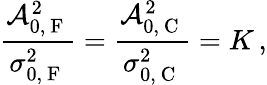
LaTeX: \frac{\mathcal{A}_{0,\mathrm{~F~}}^{2}}{\sigma_{0,\mathrm{~F~}}^{2}}=\frac{\mathcal{A}_{0,\mathrm{~C~}}^{2}}{\sigma_{0,\mathrm{~C~}}^{2}}=K\, ,